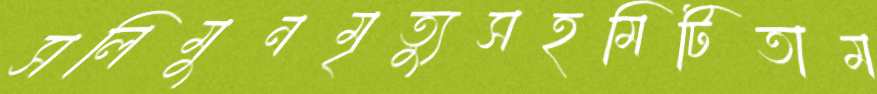
সলিমুনমৃত্যুসহমিটিতাম